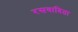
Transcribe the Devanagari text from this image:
रसवादिता